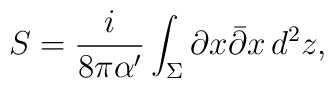
S = \frac{i}{8\pi\alpha^\prime}\int_\Sigma \partial x \bar\partial x		\,d^2z,